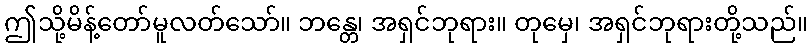
ဤသို့မိန့်တော်မူလတ်သော်။ ဘန္တေ၊ အရှင်ဘုရား။ တုမှေ၊ အရှင်ဘုရားတို့သည်။